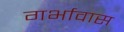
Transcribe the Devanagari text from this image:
गर्भावास